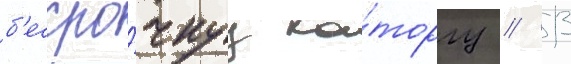
б'ессро́чнуу ка́торгу / 13